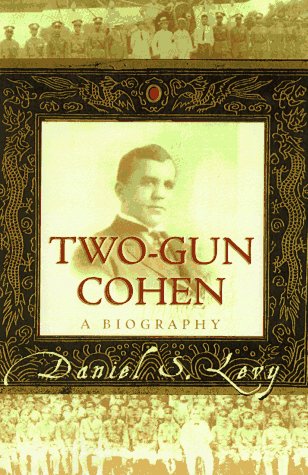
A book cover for Two-Gun Cohen; Daniel S. Levy; Biographies & Memoirs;